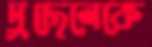
দুছেলেকে